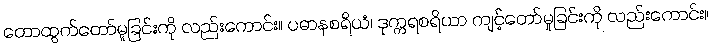
တောထွက်တော်မူခြင်းကို လည်းကောင်း။ ပဓာနစရိယံ၊ ဒုက္ကရစရိယာ ကျင့်တော်မူခြင်းကို လည်းကောင်း။